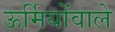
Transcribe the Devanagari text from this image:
ऊर्मियोंवाले